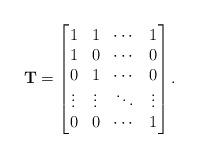
LaTeX: \begin{align*} \mathbf{T}=\begin{bmatrix} 1 &1 &\cdots &1\\ 1 &0 &\cdots &0\\ 0 &1 &\cdots &0\\ \vdots &\vdots &\ddots &\vdots\\ 0 &0 &\cdots &1 \end{bmatrix}.\end{align*}